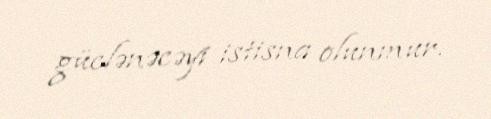
güclənəcəyi istisna olunmur.